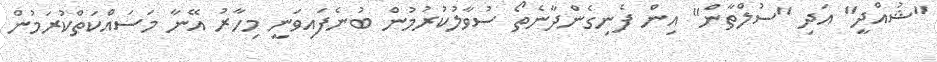
"ޝުއްދީ" އަދި "ސުލްތާން" އިން ފެނިގެންދާނެތޯ ސުވާލުކުރުމުން ބުނެފައިވަނީ މިހާރު އޭނާ މަސައްކަތްކުރަމުން